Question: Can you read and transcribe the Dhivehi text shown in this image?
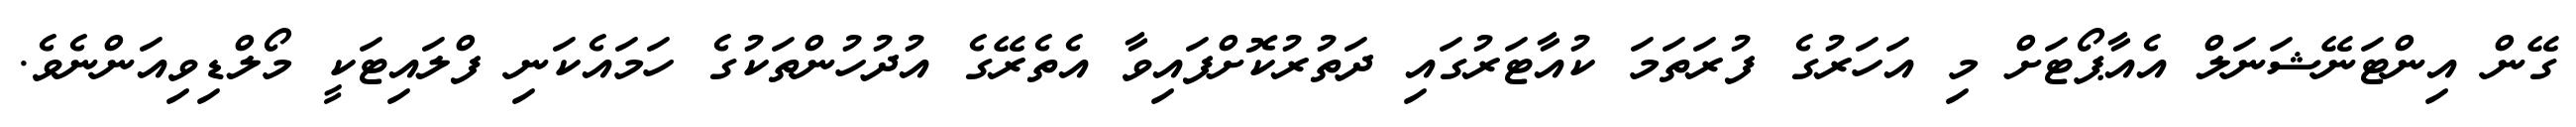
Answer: ގޭން އިންޓަނޭޝަނަލް އެއާޕޯޓަށް މި އަހަރުގެ ފުރަތަމަ ކުއާޓަރުގައި ދަތުރުކޮށްފައިވާ އެތެރޭގެ އުދުހުންތަކުގެ ހަމައެކަނި ފްލައިޓަކީ މޯލްޑިވިއަންނެވެ.